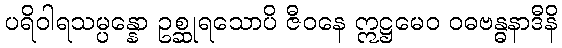
ပရိဝါရသမ္ပန္နော ဥစ္ဆုရသောပိ ဇီဝနေ ဣဋ္ဌမေဝ ဝဓဗန္ဓနာဒီနိ